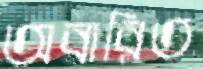
অবারিত